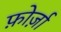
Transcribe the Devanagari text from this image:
फ़ोर्ज़ा